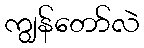
ကျွန်တော်လဲ